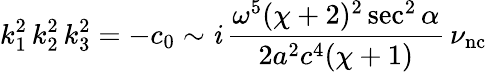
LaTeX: k_{1}^{2}\, k_{2}^{2}\, k_{3}^{2}=-c_{0}\sim\mathit{i}\, \frac{{\omega^{5}(\chi+2)^{2}\sec^{2}\alpha}}{{2a^{2}c^{4}(\chi+1)}}\, \nu_{\mathrm{{nc}}}